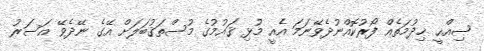
ޞިއްޙީ ޚިދުމަތެއް ފޯރުކޮއްނުދެވޭނަމަ އެއީ މުޅި ޤައުމުގެ މުސްތަޤުބަލަށް އޭގެ ނޭދެވޭ އަސަރު